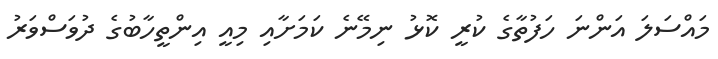
މައްސަލަ އަންނަ ހަފުތާގެ ކުރީ ކޮޅު ނިމޭނެ ކަމަށާއި މިއީ އިންތީހާބުގެ ދުވަސްވަރު